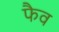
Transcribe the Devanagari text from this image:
फैव